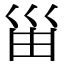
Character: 𠚋